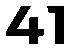
41